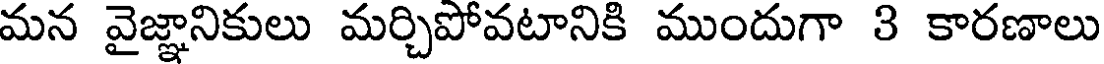
మన వైజ్ఞానికులు మర్చిపోవటానికి ముందుగా 3 కారణాలు